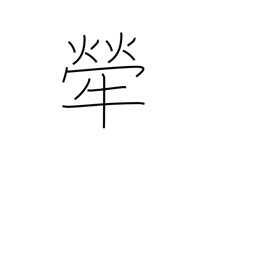
Meaning: brindled cow